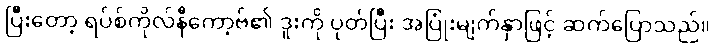
ပြီးတော့ ရပ်စ်ကိုလ်နီကော့ဗ်၏ ဒူးကို ပုတ်ပြီး အပြုံးမျက်နှာဖြင့် ဆက်ပြောသည်။